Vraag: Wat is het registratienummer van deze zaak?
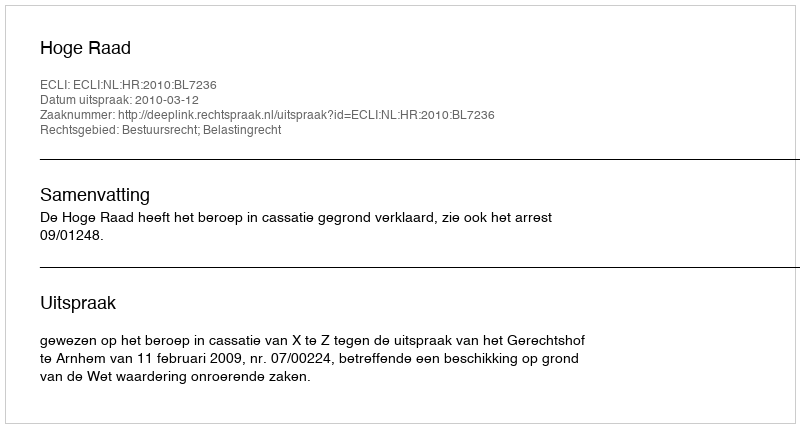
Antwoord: http://deeplink.rechtspraak.nl/uitspraak?id=ECLI:NL:HR:2010:BL7236